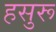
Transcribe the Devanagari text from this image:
हसुरू